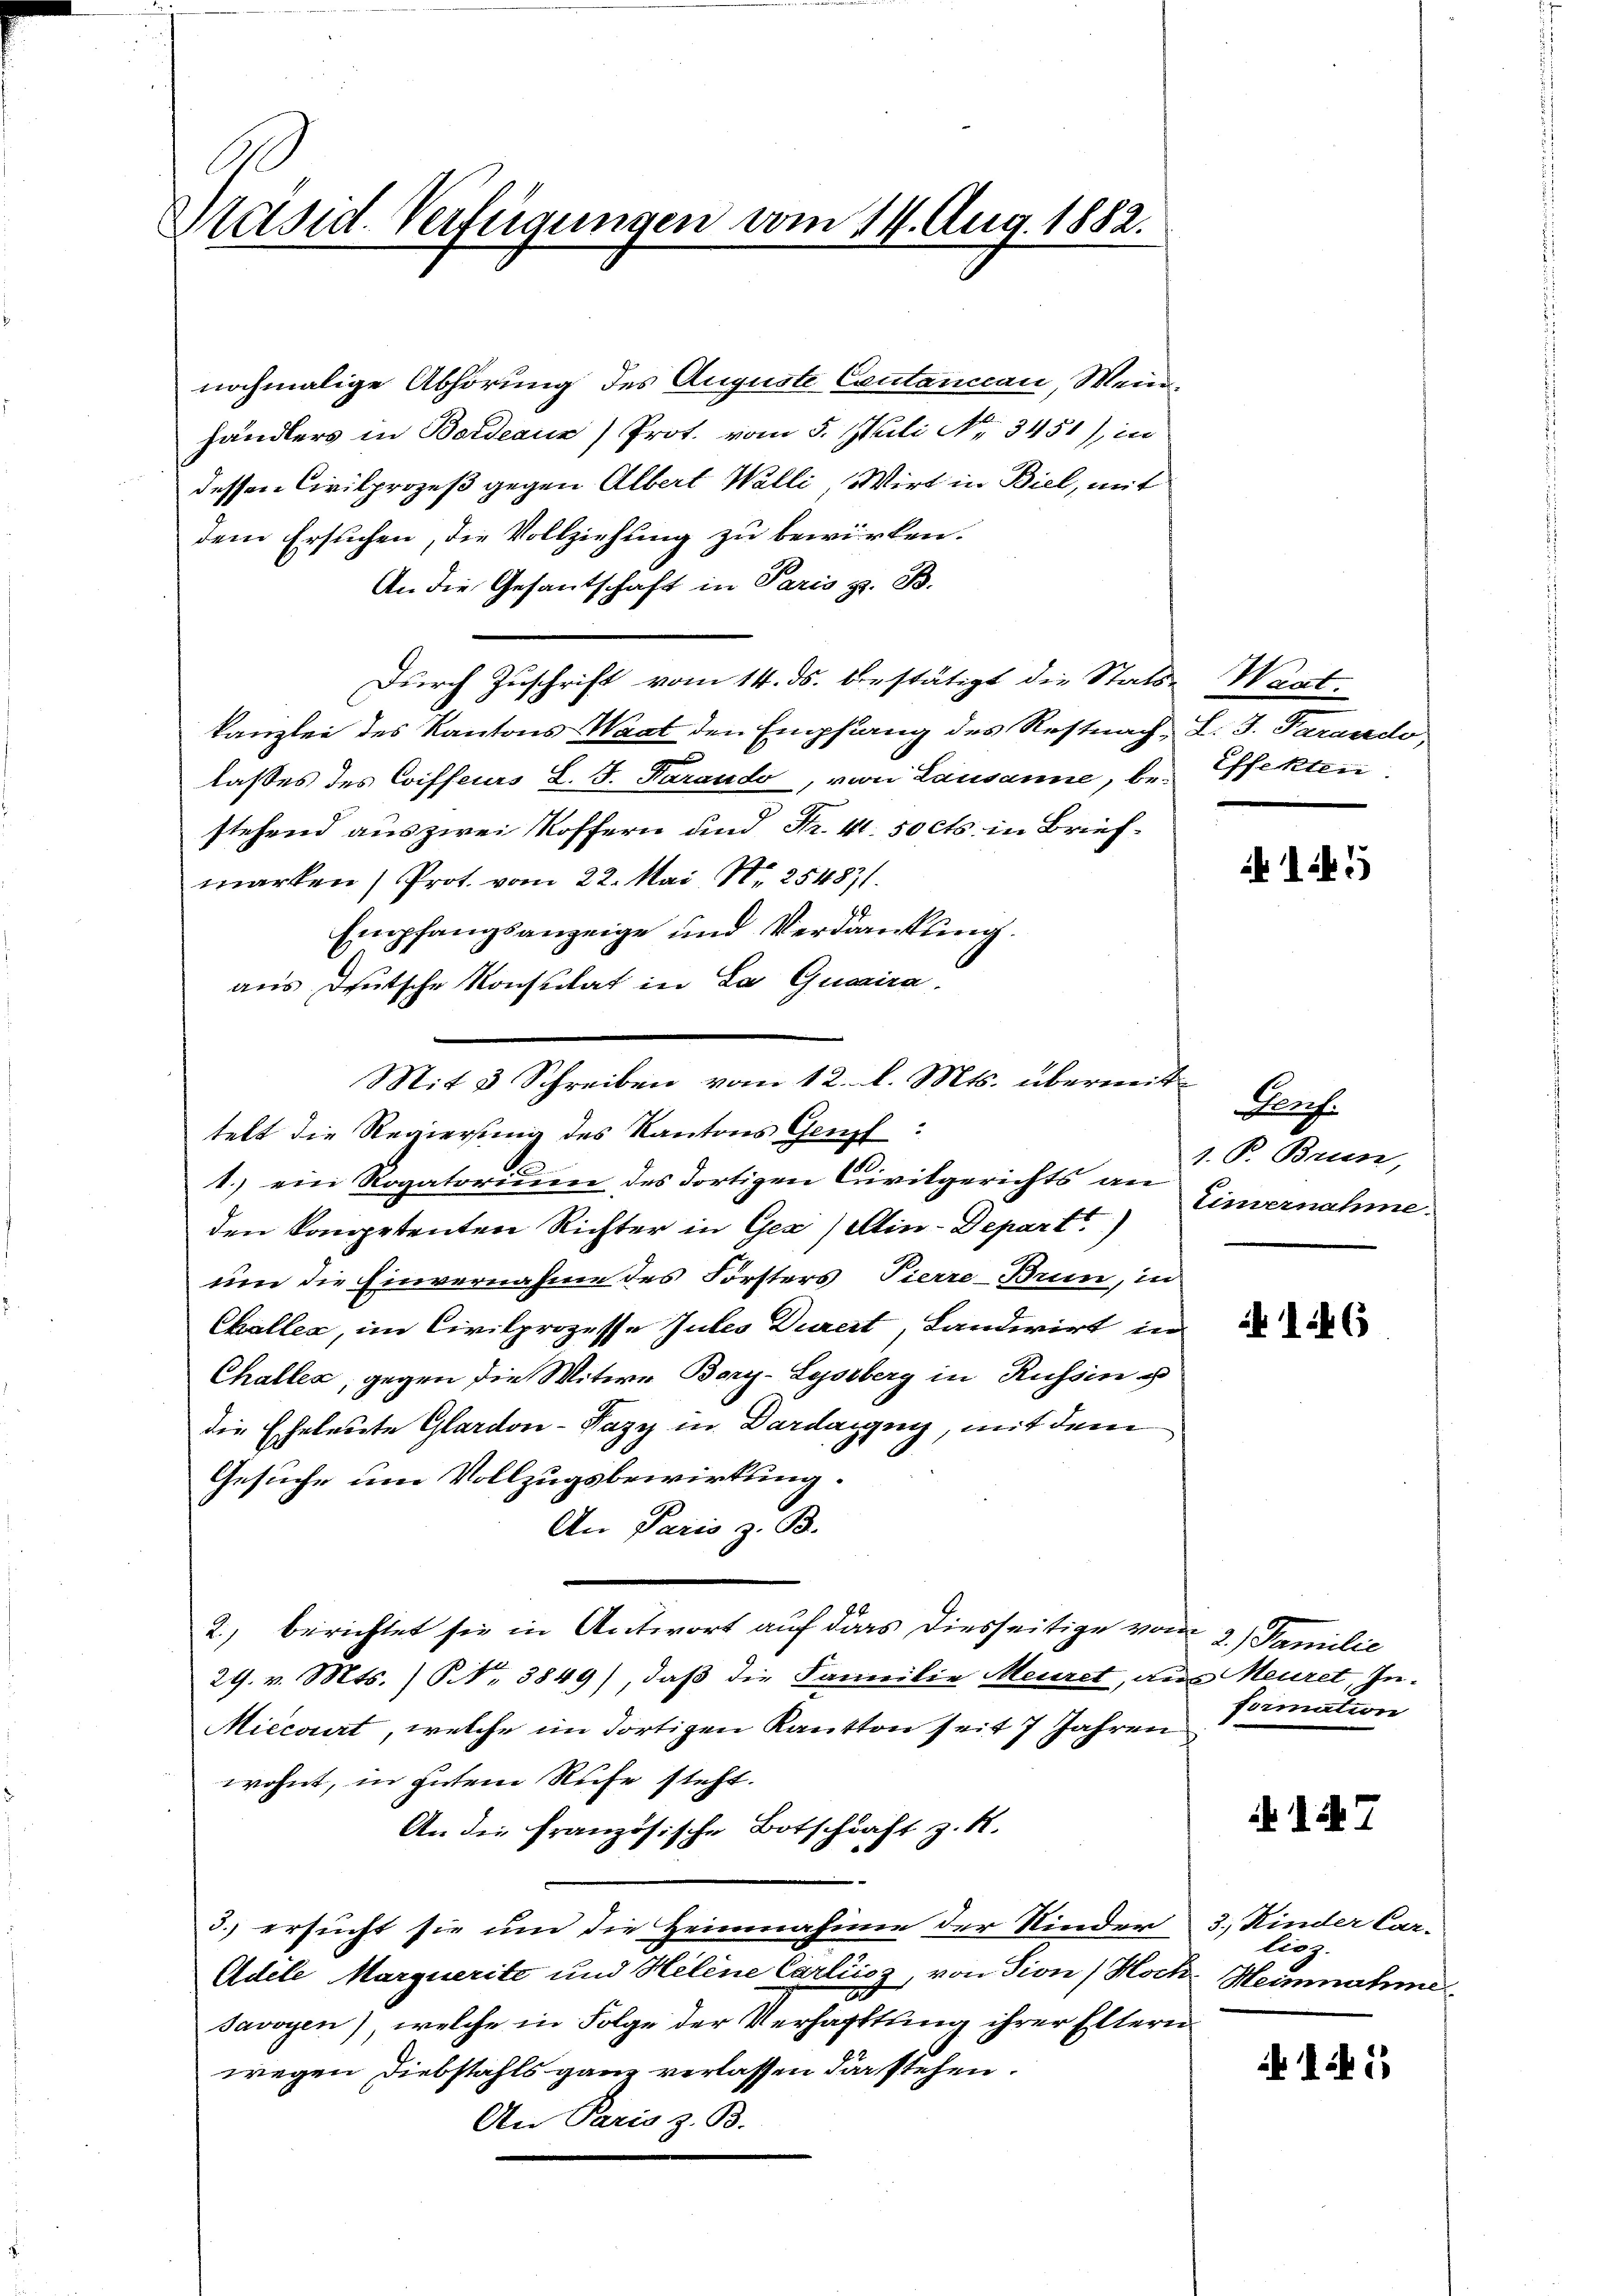
Päsid. Verfügungen vom 14. Aug. 1882.

nochmalige Abhörung des Auguste Cautancean, Weinhändlers in Bordeaus) Prot. vom 5. Juli Nr. 3451), in
dessen Civilprozeß gegen Albert Walli, Wirt in Biel, mit
dem Ersuchen, die Vollziehung zu bewirken.
An die Gesantschaft in Paris z. B.
Durch Zuschrift vom 14. ds. bestätigt die Stats-Waat.
kanzlei des Kantons Wart den Empfang des Restnach L. J. Parando,
lasses des Coiffeurs L. S. Parando, von Lausanne, be- Effekten
stehend aus zwei Koffern und Fr. 41. 50 cts. in Briefmarken) Prot. vom 22. Mai, Nr. 25487/
Empfangsanzeige und Verdankung.
aus deutsche Konsulat in La Guaira
Mit 3 Schreiben vom 12. l. Mts. übermittelt die Regierung des Kantons Genf.
1.) ein Rogatorium des dortigen Civilgerichts an
den kompetenten Richter in Gez/Ain-Depart)
um die Einvernahme des Forsters Pierre-Brun, in
Challen, im Civilprozesse Gutes Direct, Landwirt in de
Challes, gegen die Witwe Bary-Lyssberg in Russin u
die Eheleute Glardon-Pazy in Dardaigny, mit dem
Gesuche um Vollzugsbewirkung.
An Paris z. B.
2., berichtet sie in Antwort auf dass diesseitige vom 2. Familie
29. v. Mts. N. 3849), daß die Familie Meuret, aus Meuret, In¬
Miecorirt, welche im dortigen Kantton seit 7 Jahren
wohnt, in gutem Rufe steht.
An die französische Botschaft z. B.
3.) ersucht sie und die Heimnahme der Kinder
Adele Marquerite und Helene Carliisz, von Tion/Hoch. Meinnahme
Javoyen) welche in Folge der Verhapttung ihrer Eltern
wegen Diebstahls ganz verlassen darstehen.
An Paris z. B.

145

Porf.
1. P. Brun,
Einvernahme.

formation

d. d. 7.

3.) Kinder Car-
lieg

15,